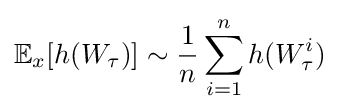
\mathbb {E} _{x}[h(W_{\tau })]\sim {\frac {1}{n}}\sum _{i=1}^{n}h(W_{\tau }^{i})